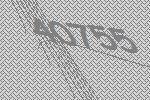
40755